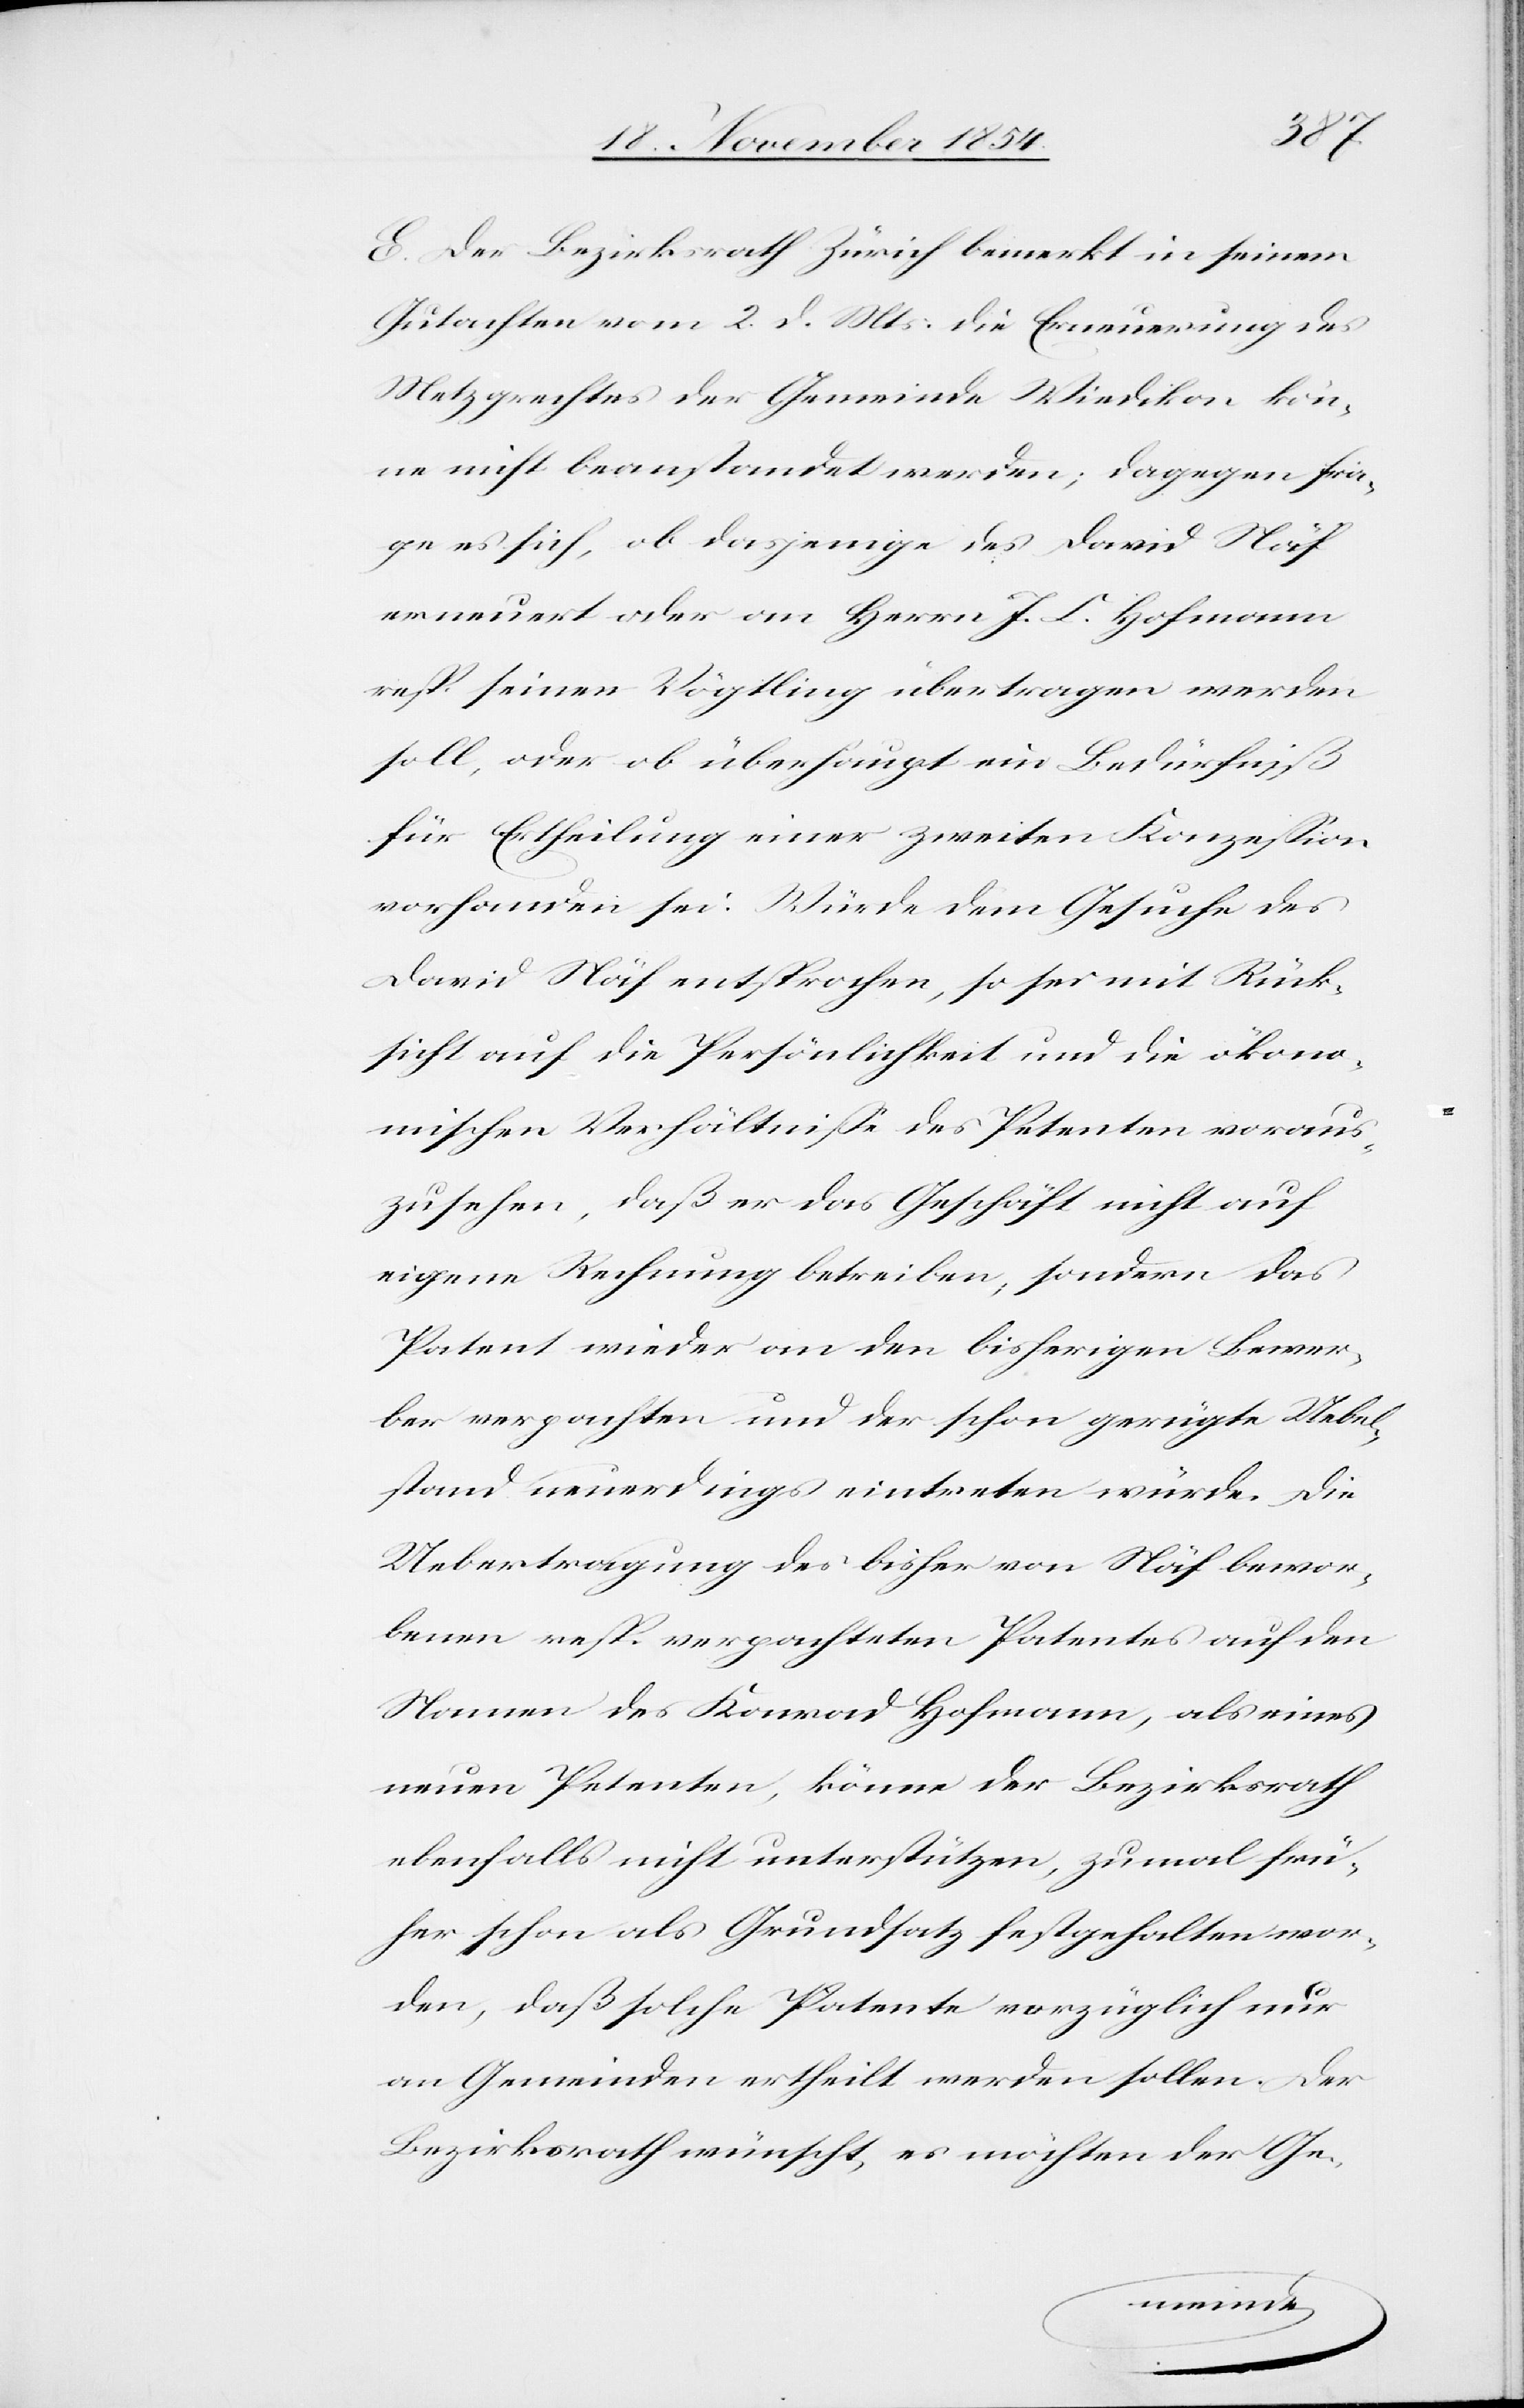
E. Der Bezirksrath Zürich bemerkt in seinem
Gutachten vom 2. d. Mts.: die Erneuerung des
Metzgrechtes der Gemeinde Wiedikon kön¬
ne nicht beanstandet werden; dagegen fra¬
ge es sich, ob dasjenige des David Näf
erneuert oder an Herrn J. C. Hofmann
resp. seinen Vögtling übertragen werden
soll, oder ob überhaupt ein Bedürfniß
für Ertheilung einer zweiten Konzeßion
vorhanden sei. Würde dem Gesuche des
David Näf entsprochen, so sei mit Rück¬
sicht auf die Persönlichkeit und die ökono¬
mischen Verhältniße des Petenten voraus¬
zusehen, daß er das Geschäft nicht auf
eigene Rechnung betreiben, sondern das
Patent wieder an den bisherigen Bewer¬
ber verpachten und der schon gerügte Uebel¬
stand neuerdings eintreten würde. Die
Uebertragung des bisher von Näf bewor¬
benen resp. verpachteten Patentes auf den
Namens des Konrad Hofmann, als eines
neuen Petenten, könne der Bezirksrath
ebenfalls nicht unterstützen, zumal frü¬
her schon als Grundsatz festgehalten wor¬
den, daß solche Patente vorzüglich nur
an Gemeinden ertheilt werden sollen. Der
Bezirksrath wünscht, es möchten der Ge-